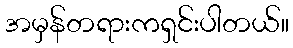
အမှန်တရားကရှင်းပါတယ်။